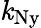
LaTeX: \mathit{k}_{\mathrm{{Ny}}}